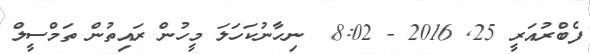
ފެބްރުއަރީ 25